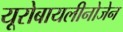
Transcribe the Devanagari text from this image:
यूरोबायलीनोजेन